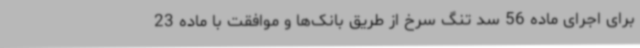
برای اجرای ماده 56 سد تنگ سرخ از طریق بانک‌ها و موافقت با ماده 23